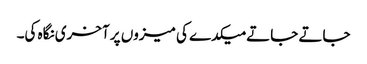
جاتے جاتے میکدے کی میزوں پر آخری نگاہ کی۔